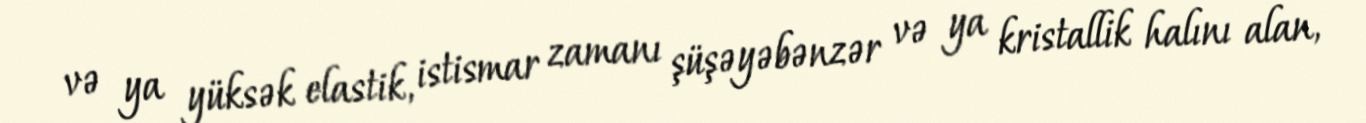
və ya yüksək elastik, istismar zamanı şüşəyəbənzər və ya kristallik halını alan,